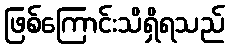
ဖြစ်ကြောင်းသိရှိရသည်